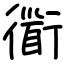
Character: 衟